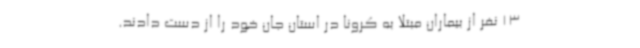
13 نفر از بیماران مبتلا به کرونا در استان جان خود را از دست دادند.